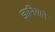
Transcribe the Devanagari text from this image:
ज्ञानियाने